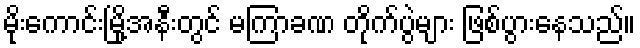
မိုးကောင်းမြို့အနီးတွင် မကြာခဏ တိုက်ပွဲများ ဖြစ်ပွားနေသည်။